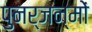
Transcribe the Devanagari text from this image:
पुनर्जन्मों